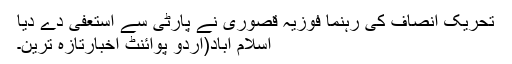
تحریک انصاف کی رہنما فوزیہ قصوری نے پارٹی سے استعفی دے دیا
اسلام آباد(اُردو پوائنٹ اخبارتازہ ترین۔